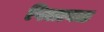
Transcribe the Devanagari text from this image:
पिलावळ